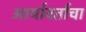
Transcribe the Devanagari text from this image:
आर्यावर्ताचा